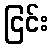
ငြင်း